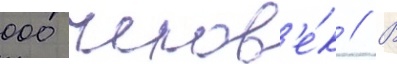
000 челов'е́к // В